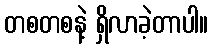
တစတစနဲ့ ရှိလာခဲ့တာပါ။